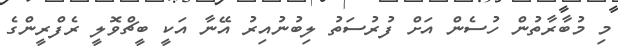
މި މުބާރާތުން ހުސެން އަށް ފުރުސަތު ލިބުނުއިރު އޭނާ އަކީ ބީޗްވޮލީ ރެފްރީންގެ